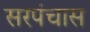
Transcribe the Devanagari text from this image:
सरपंचास